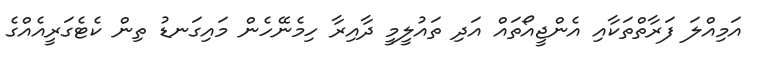
އަމިއްލަ ފަރާތްތަކާއި އެންޖީއޯތައް އަދި ތައުލީމީ ދާއިރާ ހިމެނޭހެން މައިގަނޑު ތިން ކެޓެގަރީއެއްގެ